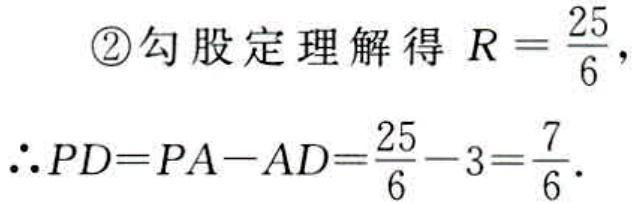
\textcircled{2}勾股定理解得 \(R = \frac{25}{6}\)，
\(\therefore PD=PA - AD=\frac{25}{6}-3=\frac{7}{6}\).